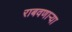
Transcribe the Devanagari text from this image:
राबवणाऱ्या